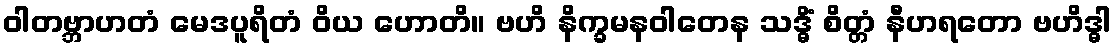
ဝါတဗ္ဘာဟတံ မေဒပူရိတံ ဝိယ ဟောတိ။ ဗဟိ နိက္ခမနဝါတေန သဒ္ဓိံ စိတ္တံ နီဟရတော ဗဟိဒ္ဓါ